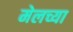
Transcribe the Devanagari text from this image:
मेलच्या